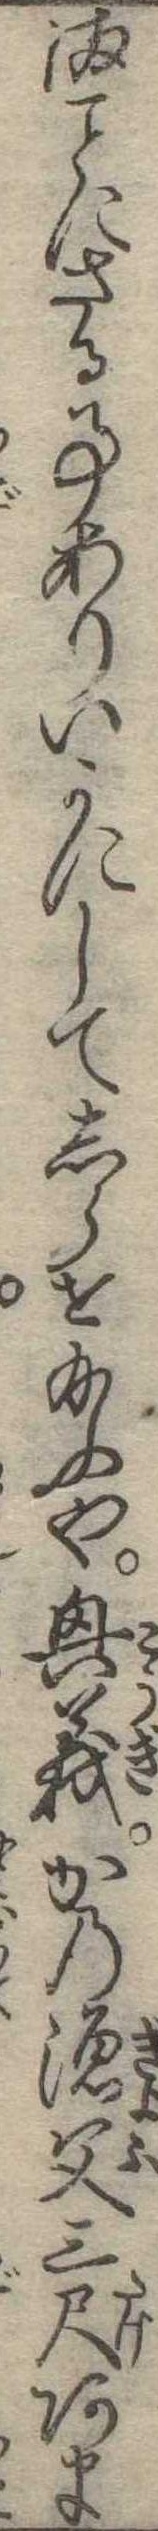
まにさる事ありいかにしてしらせ給ふや興義かの漁父三尺あま